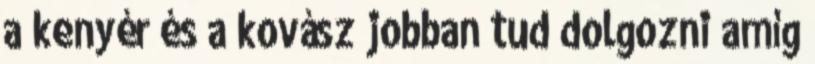
a kenyér és a kovász jobban tud dolgozni amíg